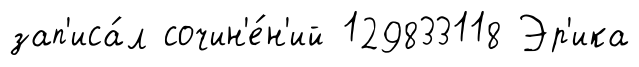
зап'иса́л сочин'е́н'ий 129833118 Эр'ика